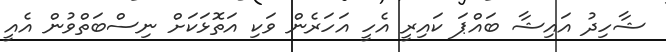
ޝާހިދު އައިޝާ ބައްޕަ ކައިރީ އެހީ އަހަރެން ވަކި އަތޮޅަކަށް ނިސްބަތްވުން އެއީ